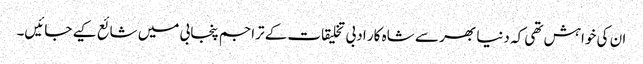
ان کی خواہش تھی کہ دنیا بھر سے شاہ کار ادبی تخلیقات کے تراجم پنجابی میں شائع کیے جائیں۔